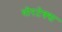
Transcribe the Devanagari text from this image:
वोरटेक्स